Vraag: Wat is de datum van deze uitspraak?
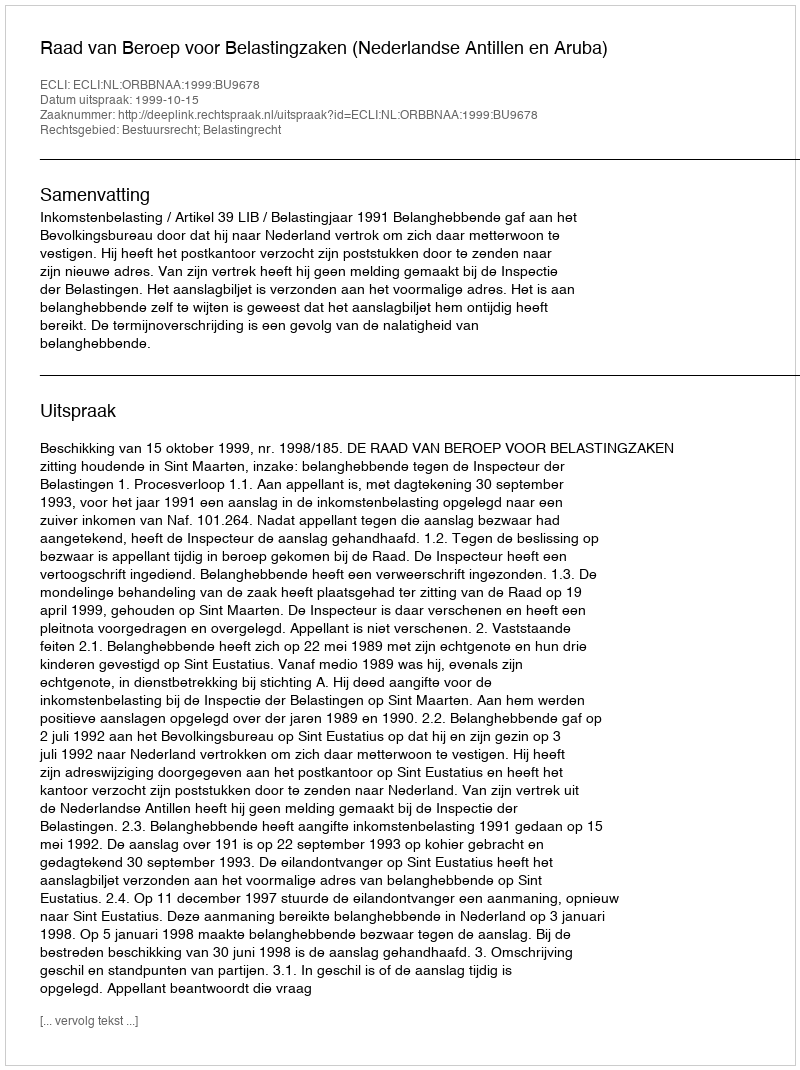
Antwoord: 1999-10-15